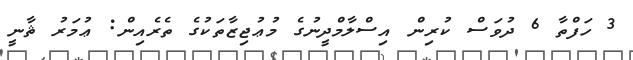
3 ހަފްތާ 6 ދުވަސް ކުރިން އިސްލާމްދީނުގެ މުޢުޖިޒާތަކުގެ ތެރެއިން: ޢުމަރު ޘާާނީ